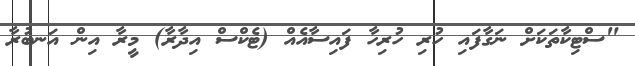
"ސްޓިކާތަކަށް ނަގާފައި ހުރި ހުރިހާ ފައިސާއެއް (ޓެކްސް އިދާރާ) މީރާ އިން އަނބުރާ